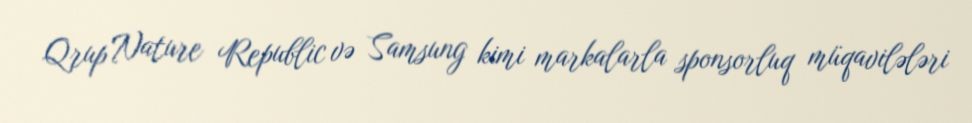
Qrup Nature Republic və Samsung kimi markalarla sponsorluq müqavilələri